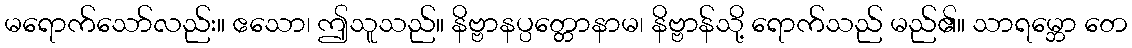
မရောက်သော်လည်း။ ဧသော၊ ဤသူသည်။ နိဗ္ဗာနပ္ပတ္တောနာမ၊ နိဗ္ဗာန်သို့ ရောက်သည် မည်၏။ သာရမ္ဘော တေ